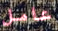
عامل